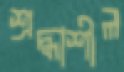
শ্রদ্ধাশীল